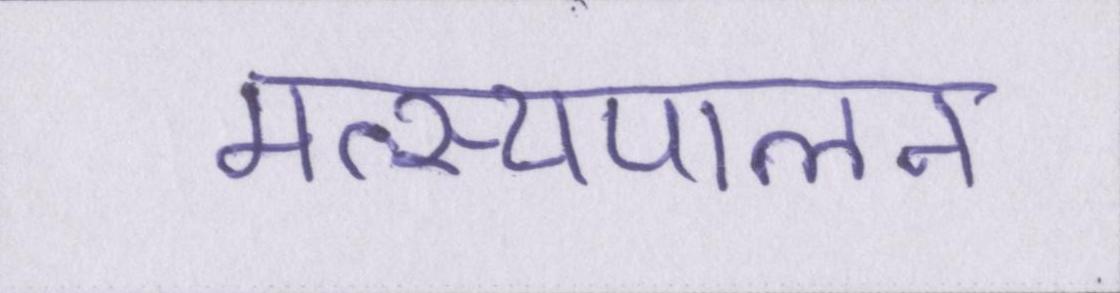
मत्स्यपालन